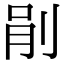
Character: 剈